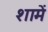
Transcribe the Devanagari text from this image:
शामें